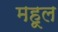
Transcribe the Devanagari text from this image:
महूल